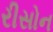
રીસોન